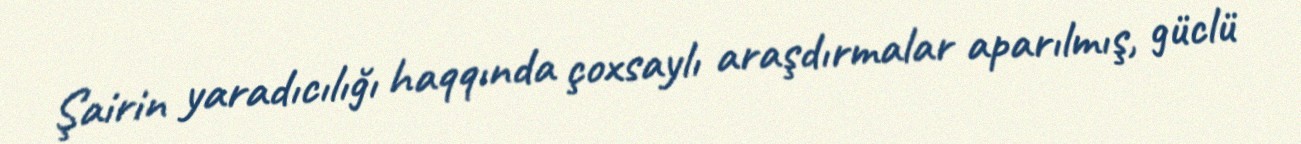
Şairin yaradıcılığı haqqında çoxsaylı araşdırmalar aparılmış, güclü